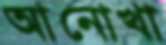
আনোখা